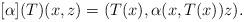
LaTeX: \begin{align*}[\alpha](T)(x,z)=(T(x),\alpha(x,T(x))z).\end{align*}